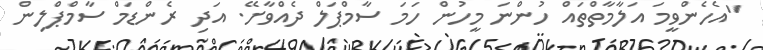
"އެހެންވީމަ އަލާމާތްތައް ހުންނަ މީހުން ހަމަ ސާމްޕަލް ދެއްވާށޭ. އަދި ރެންޑަމް ސާމްޕްލިން